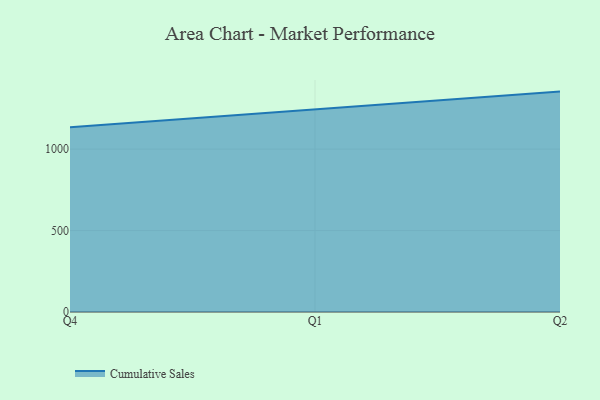
{"axis": {"x": "Quarter", "y": "Net Income (USD K)"}, "legend": ["Cumulative Sales"], "data": [{"x": "Q4", "y": 1134.2, "type": "Cumulative Sales"}, {"x": "Q1", "y": 1245.7, "type": "Cumulative Sales"}, {"x": "Q2", "y": 1353.6, "type": "Cumulative Sales"}]}